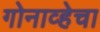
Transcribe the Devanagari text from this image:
गोनाव्हेचा